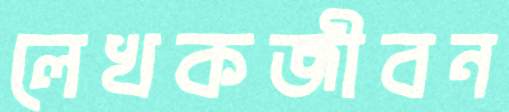
লেখকজীবন